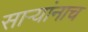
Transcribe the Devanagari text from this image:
साऱ्यांनाच